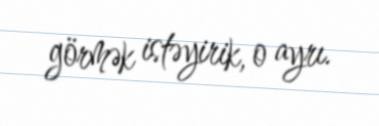
görmək istəyirik, o ayrı.